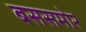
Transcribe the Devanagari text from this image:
बससमोर